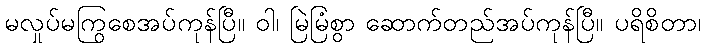
မလှုပ်မကြွစေအပ်ကုန်ပြီ။ ဝါ၊ မြဲမြံစွာ ဆောက်တည်အပ်ကုန်ပြီ။ ပရိစိတာ၊